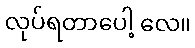
လုပ်ရတာပေါ့ လေ။